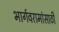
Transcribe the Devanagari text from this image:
भार्गवरामांसाठी